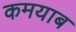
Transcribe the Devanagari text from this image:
कमयाब